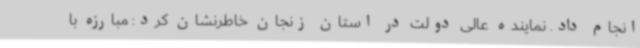
انجام داد. نماینده عالی دولت در استان زنجان خاطرنشان کرد: مبارزه با